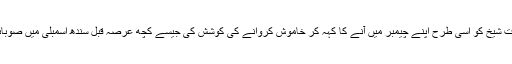
مراد سعید اور جاوید لطیف سے پہلے پنجاب اسمبلی میں ہارون بخاری نے نگہت شیخ کو اسی طرح اپنے چیمبر میں آنے کا کہہ کر خاموش کروانے کی کوشش کی جیسے کچھ عرصہ قبل سندھ اسمبلی میں صوبائی وزیر برائے ورکس اینڈ سروسز امداد پتافی نے نصرت سحر عباسی کو کہا۔